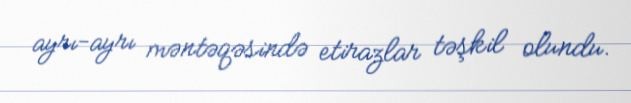
ayrı-ayrı məntəqəsində etirazlar təşkil olundu.